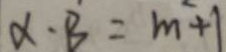
\alpha \cdot B = m ^ { 2 } + 1